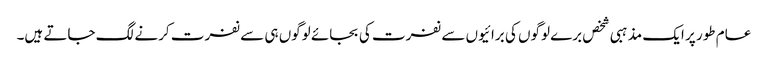
عام طور پر ایک مذہبی شخص برے لوگوں کی برائیوں سے نفرت کی بجائے لوگوں ہی سے نفرت کرنے لگ جاتے ہیں۔